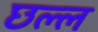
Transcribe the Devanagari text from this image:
छल्ल